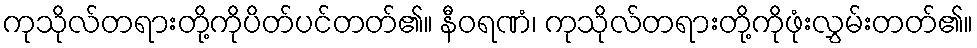
ကုသိုလ်တရားတို့ကိုပိတ်ပင်တတ်၏။ နီဝရဏံ၊ ကုသိုလ်တရားတို့ကိုဖုံးလွှမ်းတတ်၏။